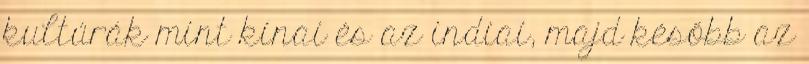
kultúrák mint kínai és az indiai, majd később az